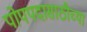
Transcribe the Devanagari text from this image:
पोपपदासाठीच्या